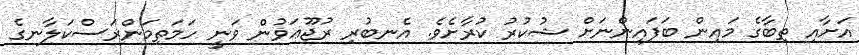
އަށާއި ތިބާގެ މައިން ބަފައިންނަށް ޝުކުރު ކުރާށެވެ. އެނބުރި ރުޖޫޢަވުން ވަނީ ހަމަތިމަންރަސްކަލާނގެ